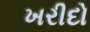
ખરીદો